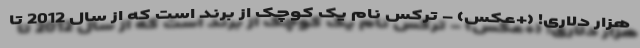
هزار دلاری! (+عکس) - ترکس نام یک کوچک از برند است که از سال 2012 تا